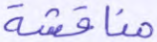
مناقشة